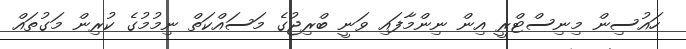
ހައުސިން މިނިސްޓްރީ އިން ނިންމާފައި ވަނީ ބްރިޖުގެ މަސައްކަތް ނިމުމުގެ ކުރިން މަގުތައް